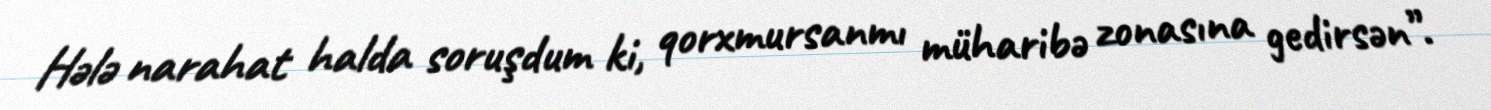
Hələ narahat halda soruşdum ki, qorxmursanmı müharibə zonasına gedirsən”.